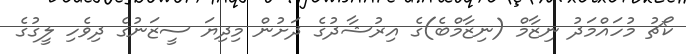
ކޯޗު މުހައްމަދު ނިޒާމް (ނިޒާމްބެ)ގެ އިރުޝާދުގެ ދަށުން މިދިޔަ ސީޒަނުގެ ދިވެހި ލީގުގެ